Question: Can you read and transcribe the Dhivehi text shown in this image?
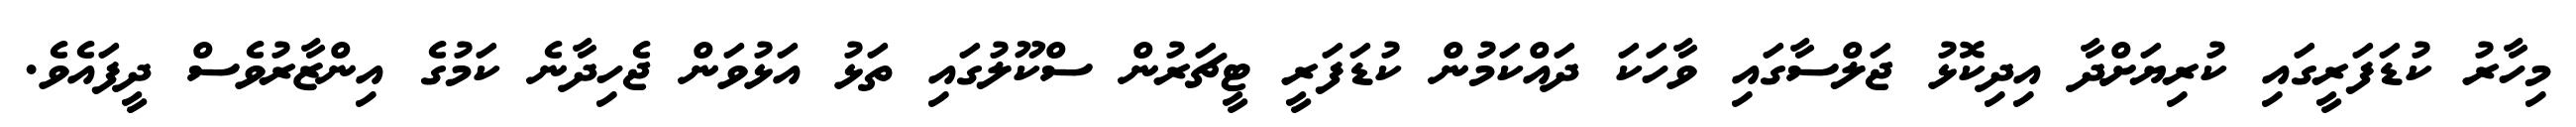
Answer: މިހާރު ކުޑަފަރީގައި ކުރިޔަށްދާ އިދިކޮޅު ޖަލްސާގައި ވާހަކަ ދައްކަމުން ކުޑަފަރީ ޓީޗަރުން ސްކޫލުގައި ތަޅު އަޅުވަން ޖެހިދާނެ ކަމުގެ އިންޒާރުވެސް ދީފައެވެ.